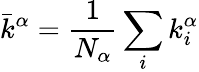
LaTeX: \displaystyle\bar{k}^{\alpha}=\frac{1}{N_{\alpha}}\sum_{i}{k_{i}^{\alpha}}